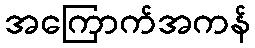
အကြောက်အကန်